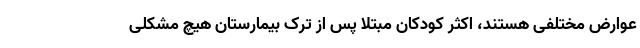
عوارض مختلفی هستند، اکثر کودکان مبتلا پس از ترک بیمارستان هیچ مشکلی